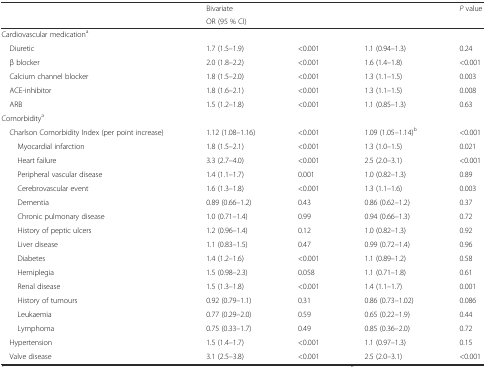
<table><thead><tr><td>[EMPTY_CELL]</td><td><b>Bivariate</b></td><td rowspan="2">[EMPTY_CELL]</td><td>[EMPTY_CELL]</td><td rowspan="2"><b><i>P</i> value</b></td></tr><tr><td>[EMPTY_CELL]</td><td><b>OR (95 % CI)</b></td><td>[EMPTY_CELL]</td></tr></thead><tbody><tr><td>Cardiovascular medication<sup>a</sup></td><td>[EMPTY_CELL]</td><td>[EMPTY_CELL]</td><td>[EMPTY_CELL]</td><td>[EMPTY_CELL]</td></tr><tr><td> Diuretic</td><td>1.7 (1.5–1.9)</td><td>&lt;0.001</td><td>1.1 (0.94–1.3)</td><td>0.24</td></tr><tr><td> β blocker</td><td>2.0 (1.8–2.2)</td><td>&lt;0.001</td><td>1.6 (1.4–1.8)</td><td>&lt;0.001</td></tr><tr><td> Calcium channel blocker</td><td>1.8 (1.5–2.0)</td><td>&lt;0.001</td><td>1.3 (1.1–1.5)</td><td>0.003</td></tr><tr><td> ACE-inhibitor</td><td>1.8 (1.6–2.1)</td><td>&lt;0.001</td><td>1.3 (1.1–1.5)</td><td>0.008</td></tr><tr><td> ARB</td><td>1.5 (1.2–1.8)</td><td>&lt;0.001</td><td>1.1 (0.85–1.3)</td><td>0.63</td></tr><tr><td>Comorbidity<sup>a</sup></td><td>[EMPTY_CELL]</td><td>[EMPTY_CELL]</td><td>[EMPTY_CELL]</td><td>[EMPTY_CELL]</td></tr><tr><td> Charlson Comorbidity Index (per point increase)</td><td>1.12 (1.08–1.16)</td><td>&lt;0.001</td><td>1.09 (1.05–1.14)<sup>b</sup></td><td>&lt;0.001</td></tr><tr><td>Myocardial infarction</td><td>1.8 (1.5–2.1)</td><td>&lt;0.001</td><td>1.3 (1.0–1.5)</td><td>0.021</td></tr><tr><td>Heart failure</td><td>3.3 (2.7–4.0)</td><td>&lt;0.001</td><td>2.5 (2.0–3.1)</td><td>&lt;0.001</td></tr><tr><td>Peripheral vascular disease</td><td>1.4 (1.1–1.7)</td><td>0.001</td><td>1.0 (0.82–1.3)</td><td>0.89</td></tr><tr><td>Cerebrovascular event</td><td>1.6 (1.3–1.8)</td><td>&lt;0.001</td><td>1.3 (1.1–1.6)</td><td>0.003</td></tr><tr><td>Dementia</td><td>0.89 (0.66–1.2)</td><td>0.43</td><td>0.86 (0.62–1.2)</td><td>0.37</td></tr><tr><td>Chronic pulmonary disease</td><td>1.0 (0.71–1.4)</td><td>0.99</td><td>0.94 (0.66–1.3)</td><td>0.72</td></tr><tr><td>History of peptic ulcers</td><td>1.2 (0.96–1.4)</td><td>0.12</td><td>1.0 (0.82–1.3)</td><td>0.92</td></tr><tr><td>Liver disease</td><td>1.1 (0.83–1.5)</td><td>0.47</td><td>0.99 (0.72–1.4)</td><td>0.96</td></tr><tr><td>Diabetes</td><td>1.4 (1.2–1.6)</td><td>&lt;0.001</td><td>1.1 (0.89–1.2)</td><td>0.58</td></tr><tr><td>Hemiplegia</td><td>1.5 (0.98–2.3)</td><td>0.058</td><td>1.1 (0.71–1.8)</td><td>0.61</td></tr><tr><td>Renal disease</td><td>1.5 (1.3–1.8)</td><td>&lt;0.001</td><td>1.4 (1.1–1.7)</td><td>0.001</td></tr><tr><td>History of tumours</td><td>0.92 (0.79–1.1)</td><td>0.31</td><td>0.86 (0.73–1.02)</td><td>0.086</td></tr><tr><td>Leukaemia</td><td>0.77 (0.29–2.0)</td><td>0.59</td><td>0.65 (0.22–1.9)</td><td>0.44</td></tr><tr><td>Lymphoma</td><td>0.75 (0.33–1.7)</td><td>0.49</td><td>0.85 (0.36–2.0)</td><td>0.72</td></tr><tr><td> Hypertension</td><td>1.5 (1.4–1.7)</td><td>&lt;0.001</td><td>1.1 (0.97–1.3)</td><td>0.15</td></tr><tr><td> Valve disease</td><td>3.1 (2.5–3.8)</td><td>&lt;0.001</td><td>2.5 (2.0–3.1)</td><td>&lt;0.001</td></tr></tbody></table>